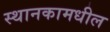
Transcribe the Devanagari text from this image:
स्थानकामधील